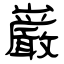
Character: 巌